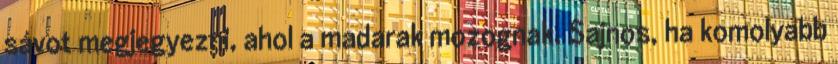
sávot megjegyezni, ahol a madarak mozognak. Sajnos, ha komolyabb